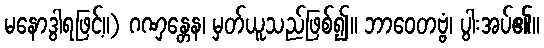
မနောဒွါရဖြင့်။) ဂဏှန္တေန၊ မှတ်ယူသည်ဖြစ်၍။ ဘာဝေတဗ္ဗံ၊ ပွါးအပ်၏။